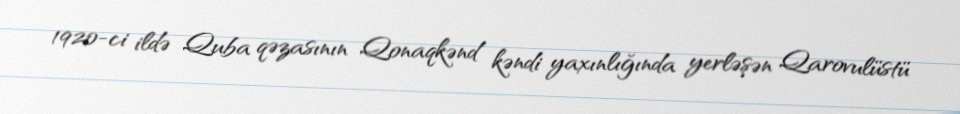
1920-ci ildə Quba qəzasının Qonaqkənd kəndi yaxınlığında yerləşən Qarovulüstü